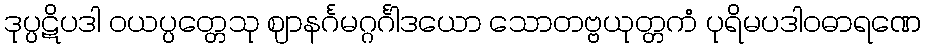
ဒုပ္ပဋိပဒါ ဝယပ္ပတ္တေသု ဈာနင်္ဂမဂ္ဂင်္ဂါဒယော သောတဗ္ဗယုတ္တကံ ပုရိမပဒါဝဓာရဏေ